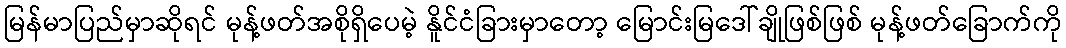
မြန်မာပြည်မှာဆိုရင် မုန့်ဖတ်အစိုရှိပေမဲ့ နိူင်ငံခြားမှာတော့ မြောင်းမြဒေါ်ချိုဖြစ်ဖြစ် မုန့်ဖတ်ခြောက်ကို